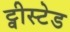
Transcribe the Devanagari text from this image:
ट्वीस्टेड